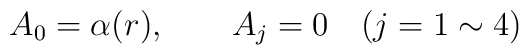
A_0=\alpha(r),\qquad A_j=0 \quad (j=1\sim 4)